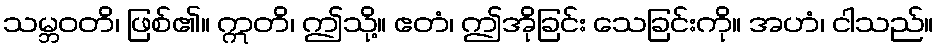
သမ္ဘဝတိ၊ ဖြစ်၏။ ဣတိ၊ ဤသို့။ ဧတံ၊ ဤအိုခြင်း သေခြင်းကို။ အဟံ၊ ငါသည်။